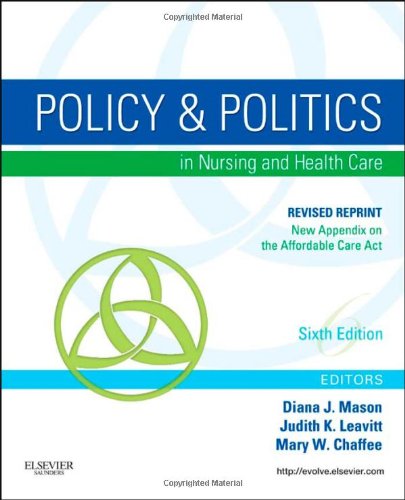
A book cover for Policy and Politics in Nursing and Healthcare - Revised Reprint, 6e (Mason, Policy and Politics in Nursing and Health Care); Diana J. Mason RN  PhD  FAAN; Medical Books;